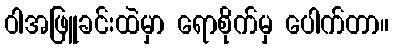
ဝါအဖြူခင်းထဲမှာ ရောစိုက်မှ ပေါက်တာ။